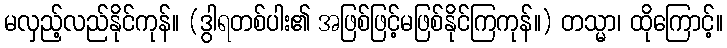
မလှည့်လည်နိုင်ကုန်။ (ဒွါရတစ်ပါး၏ အဖြစ်ဖြင့်မဖြစ်နိုင်ကြကုန်။) တသ္မာ၊ ထိုကြောင့်။